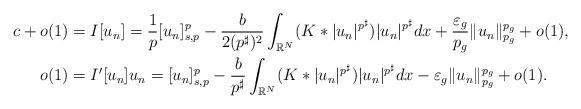
LaTeX: \begin{align*}c+o(1)&=I[u_n]=\frac{1}{p}[u_n]_{s,p}^p-\frac{b}{2(p^\sharp)^2}\int_{\mathbb{R}^N}(K\ast |u_n|^{p^\sharp}) |u_n|^{p^\sharp}dx+\frac{\varepsilon_g}{p_g}\|u_n\|_{p_g}^{p_g}+o(1), \\o(1)&=I'[u_n]u_n= [u_n]_{s,p}^p-\frac{b}{p^\sharp} \int_{\mathbb{R}^N}(K\ast |u_n|^{p^\sharp}) |u_n|^{p^\sharp}dx-\varepsilon_g\|u_n\|_{p_g}^{p_g}+o(1).\end{align*}